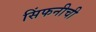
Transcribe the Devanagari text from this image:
सिंफनीची